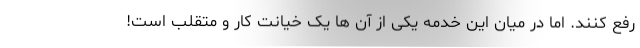
رفع کنند. اما در میان این خدمه یکی از آن ها یک خیانت کار و متقلب است!